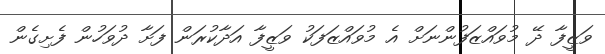
ވަޒީފާ ދޭ މުވައްޒަފުންނަށް އެ މުވައްޒަފަކު ވަޒީފާ އަދާކުރަން ފަށާ ދުވަހުން ފެށިގެން